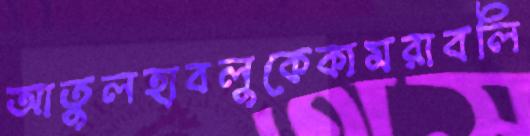
আতুলহাবলুকেকামরাবলি